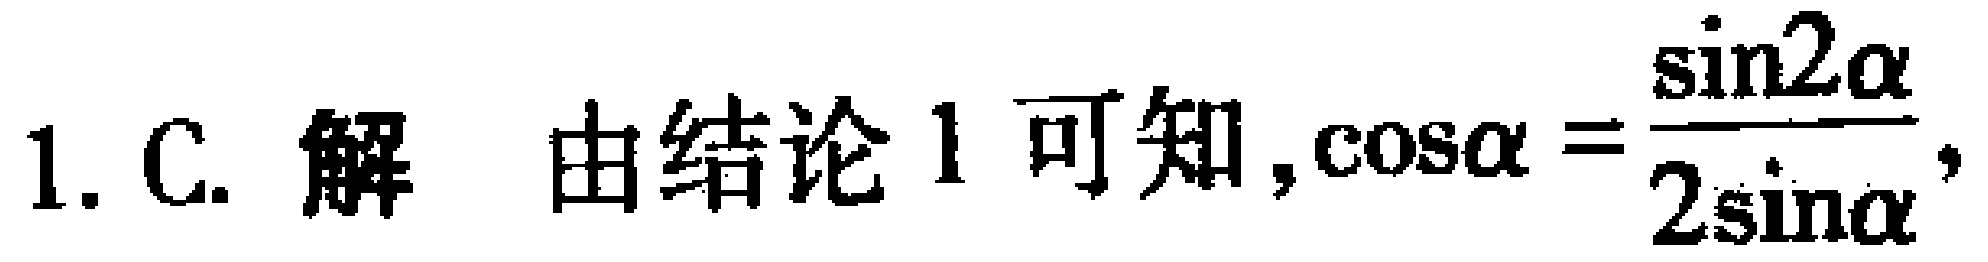
1. C. 解 由结论 1 可知,$\cos\alpha = \frac{\sin2\alpha}{2\sin\alpha}$,